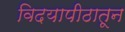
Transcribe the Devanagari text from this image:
विदयापीठातून